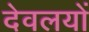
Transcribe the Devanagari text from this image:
देवलयों